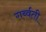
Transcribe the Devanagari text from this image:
गर्ब्वती